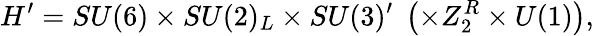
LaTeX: H^{\prime}=SU(6)\times SU(2)_{L}\times SU(3)^{\prime}\; \left(\times Z_{2}^{R}\times U(1)\right),